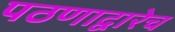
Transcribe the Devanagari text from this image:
पठणाद्वारेच